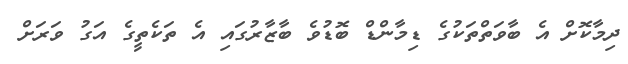
ދިމާކޮށް އެ ބާވަތްތަކުގެ ޑިމާންޑް ބޮޑުވެ ބާޒާރުގައި އެ ތަކެތީގެ އަގު ވަރަށް